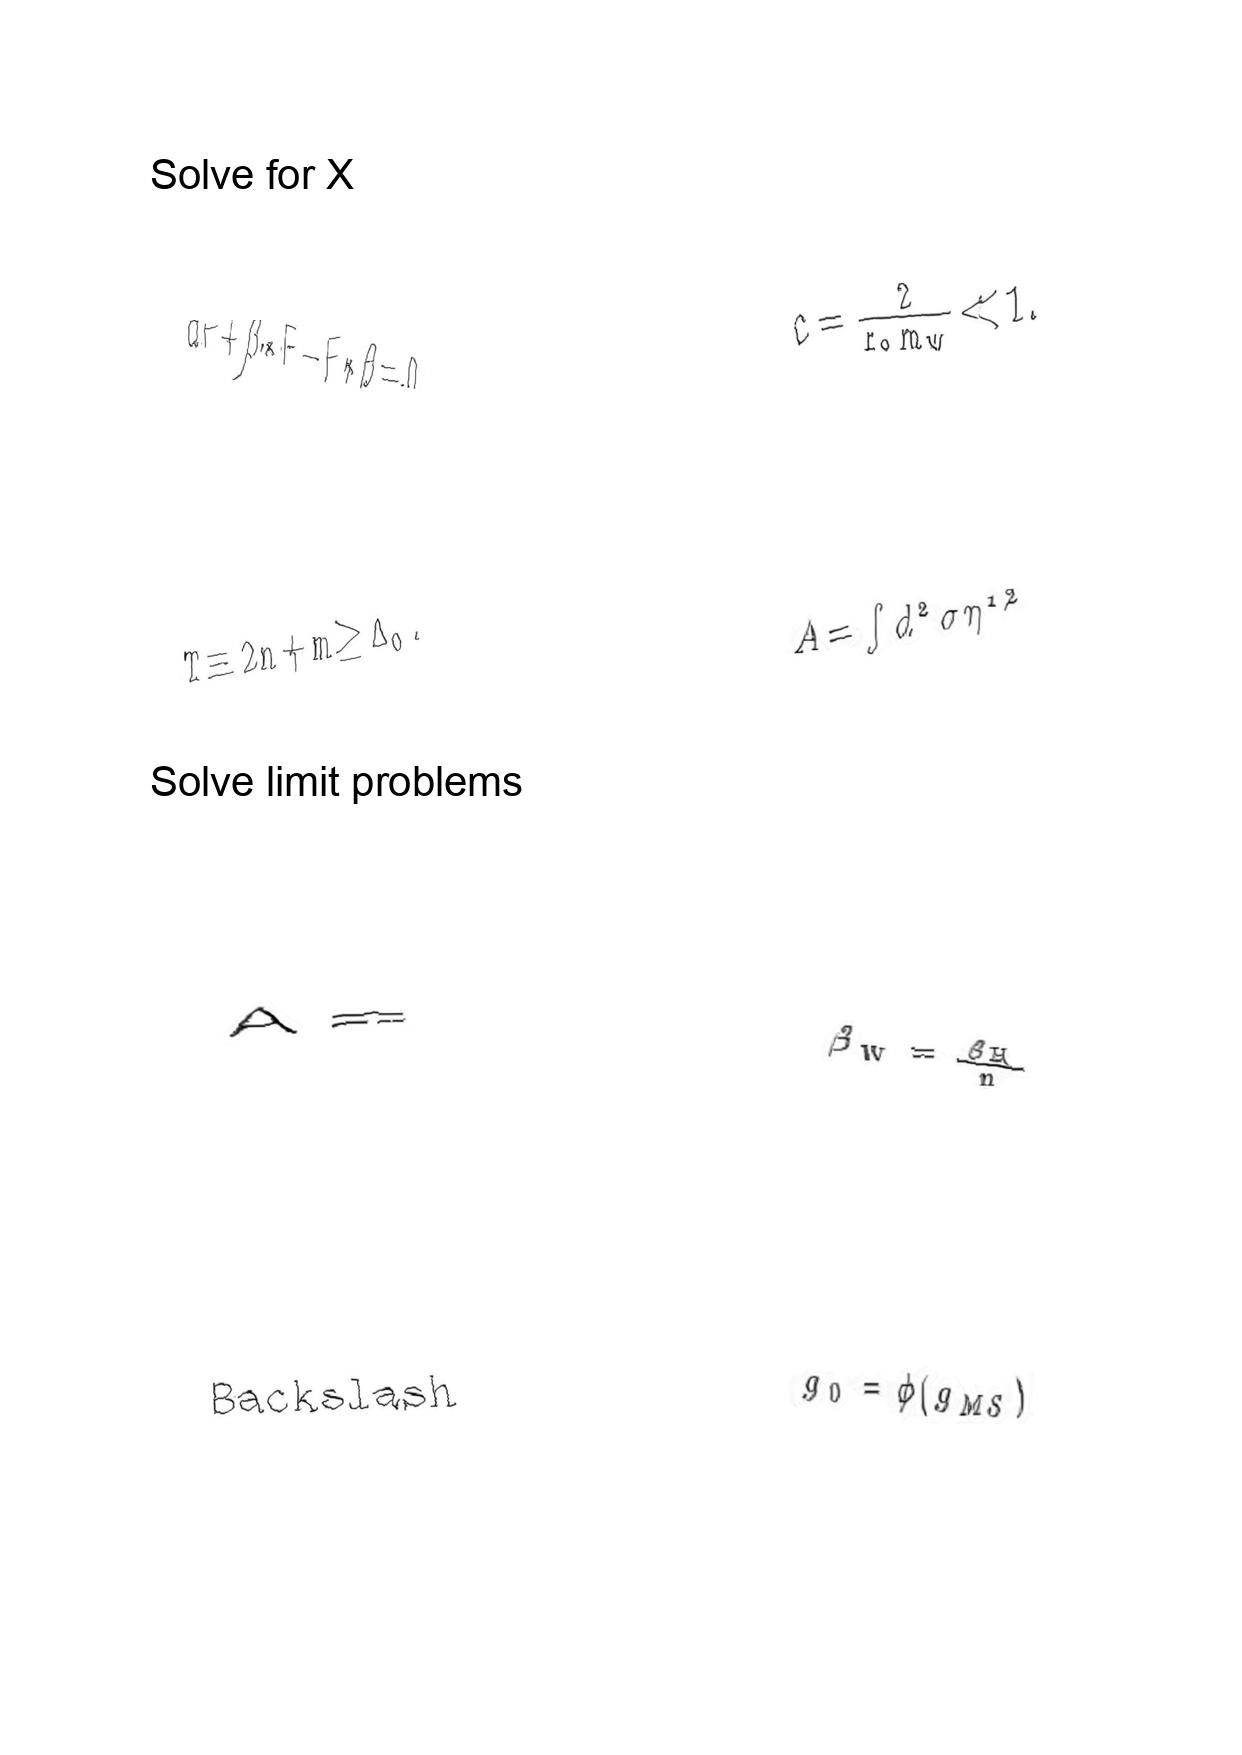
LaTeX transcription:
d F + \beta \ast F - F \ast \beta = 0 .
T \equiv 2 n + m \geq \Delta _ { 0 } .
A =
B a c k s l a s h
c = \frac { 2 } { r _ { 0 } m _ { W } } \ll 1 .
A = \int d ^ { 2 } \sigma \eta ^ { 1 / 2 }
\beta _ { W } = \frac { \beta _ { H } } { n }
g _ { 0 } = \phi \lparen g _ { M S } \rparen